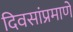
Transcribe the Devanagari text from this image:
दिवसांप्रमाणे